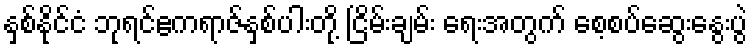
နှစ်နိုင်ငံ ဘုရင်ဧကရာဇ်နှစ်ပါးတို့ ငြိမ်းချမ်း ရေးအတွက် စေ့စပ်ဆွေးနွေးပွဲ